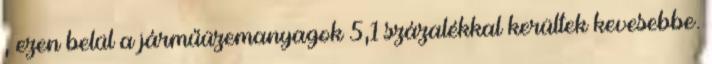
, ezen belül a járműüzemanyagok 5,1 százalékkal kerültek kevesebbe.